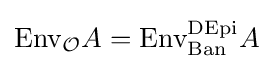
{\text{Env}}_{\cal {O}}A={\text{Env}}_{\text{Ban}}^{\text{DEpi}}A